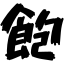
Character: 飽